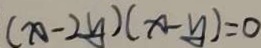
( x - 2 y ) ( x - y ) = 0